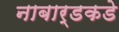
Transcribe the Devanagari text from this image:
नाबार्डकडे